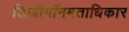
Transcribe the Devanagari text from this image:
डिजीमॉनमताधिकार